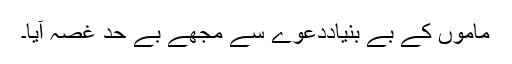
ماموں کے بے بنیاددعوے سے مجھے بے حد غصہ آیا۔